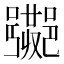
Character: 𲆡